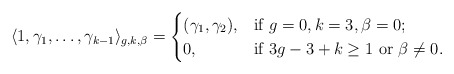
\begin{align*}\langle 1, \gamma_{1},\dots,\gamma_{k-1}\rangle_{g,k,\beta}=\begin{cases}(\gamma_1,\gamma_2),& \mbox{if}\ g=0, k=3, \beta=0;\\0, & \mbox{if}\ 3g-3+k\geq 1\ \mbox{or}\ \beta\neq 0.\end{cases}\end{align*}